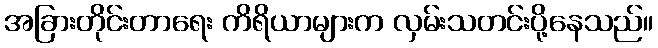
အခြားတိုင်းတာရေး ကိရိယာများက လှမ်းသတင်းပို့နေသည်။